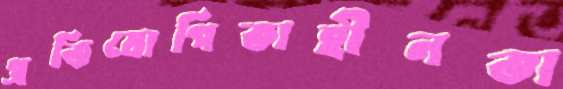
প্রতিযোগিতাহীনতা